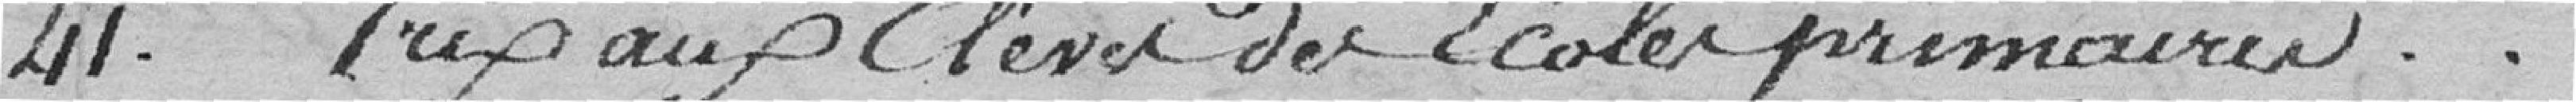
41. Prix au élèves des écoles primaires